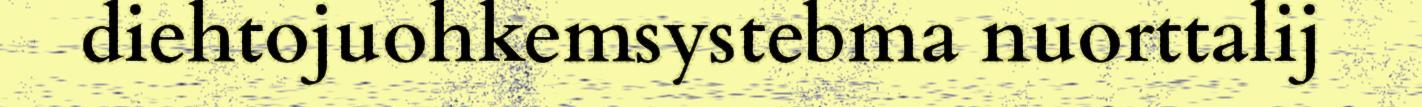
diehtojuohkemsystebma nuorttalij